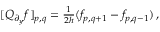
\begin{array} { r } { [ Q _ { \partial _ { y } } f ] _ { p , q } = \frac { 1 } { 2 h } ( f _ { p , q + 1 } - f _ { p , q - 1 } ) \, , } \end{array}